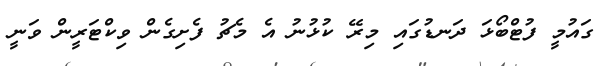
ގައުމީ ފުޓްބޯޅަ ދަނޑުގައި މިރޭ ކުޅުނު އެ މެޗު ފެށިގެން ވިކްޓަރީން ވަނީ